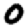
Digit: 0